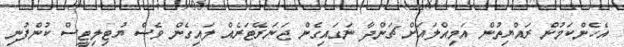
އެހެންކަމުން ރައްޔިތުން އަމިއްލައަށް ޗަންދާ ނަގައިގެން ޖަނަރޭޓަރެއް ލައިގެން ވެސް ޔުޓިލިޓީސް ކުންފުނި